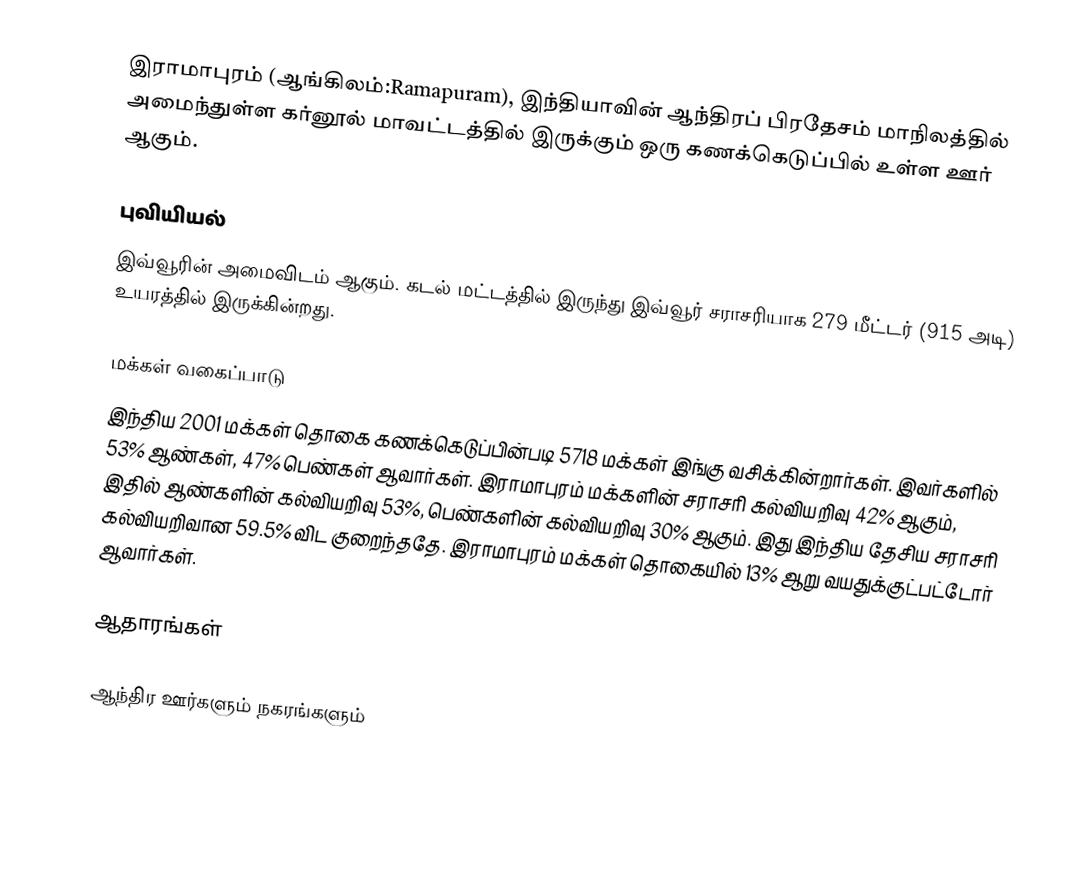
இராமாபுரம் (ஆங்கிலம்:Ramapuram), இந்தியாவின் ஆந்திரப் பிரதேசம் மாநிலத்தில் அமைந்துள்ள கர்னூல் மாவட்டத்தில் இருக்கும் ஒரு கணக்கெடுப்பில் உள்ள ஊர்  ஆகும்.

புவியியல்
இவ்வூரின் அமைவிடம்  ஆகும். கடல் மட்டத்தில் இருந்து இவ்வூர் சராசரியாக 279 மீட்டர் (915 அடி) உயரத்தில் இருக்கின்றது.

மக்கள் வகைப்பாடு
இந்திய 2001 மக்கள் தொகை கணக்கெடுப்பின்படி 5718 மக்கள் இங்கு வசிக்கின்றார்கள். இவர்களில் 53% ஆண்கள், 47% பெண்கள் ஆவார்கள். இராமாபுரம் மக்களின் சராசரி கல்வியறிவு 42% ஆகும்,  இதில் ஆண்களின் கல்வியறிவு 53%,  பெண்களின் கல்வியறிவு 30% ஆகும். இது இந்திய தேசிய சராசரி கல்வியறிவான 59.5% விட குறைந்ததே. இராமாபுரம் மக்கள் தொகையில் 13%  ஆறு வயதுக்குட்பட்டோர் ஆவார்கள்.

ஆதாரங்கள்

ஆந்திர ஊர்களும் நகரங்களும்